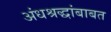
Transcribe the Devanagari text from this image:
अंधश्रद्धांबाबत